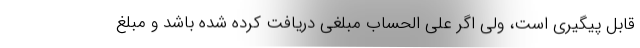
قابل پیگیری است، ولی اگر علی الحساب مبلغی دریافت کرده شده باشد و مبلغ